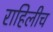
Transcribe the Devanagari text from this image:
राहिलीच